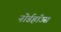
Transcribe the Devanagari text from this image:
नोर्डहॉउस